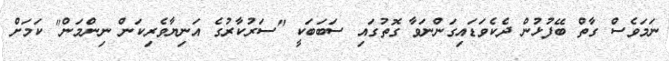
ނަމަވެސް ގާތް ބޭފުޅުން ދެކެވަޑައިގަންނަވާ ގޮތުގައި ސަބަބަކީ "ސަރުކާރުގެ އަނިޔާވެރިކަން ނިންމަން" ކަމަށް